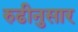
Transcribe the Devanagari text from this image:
रुढीनुसार